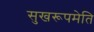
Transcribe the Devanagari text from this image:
सुखरूपमेति